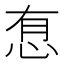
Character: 㤫